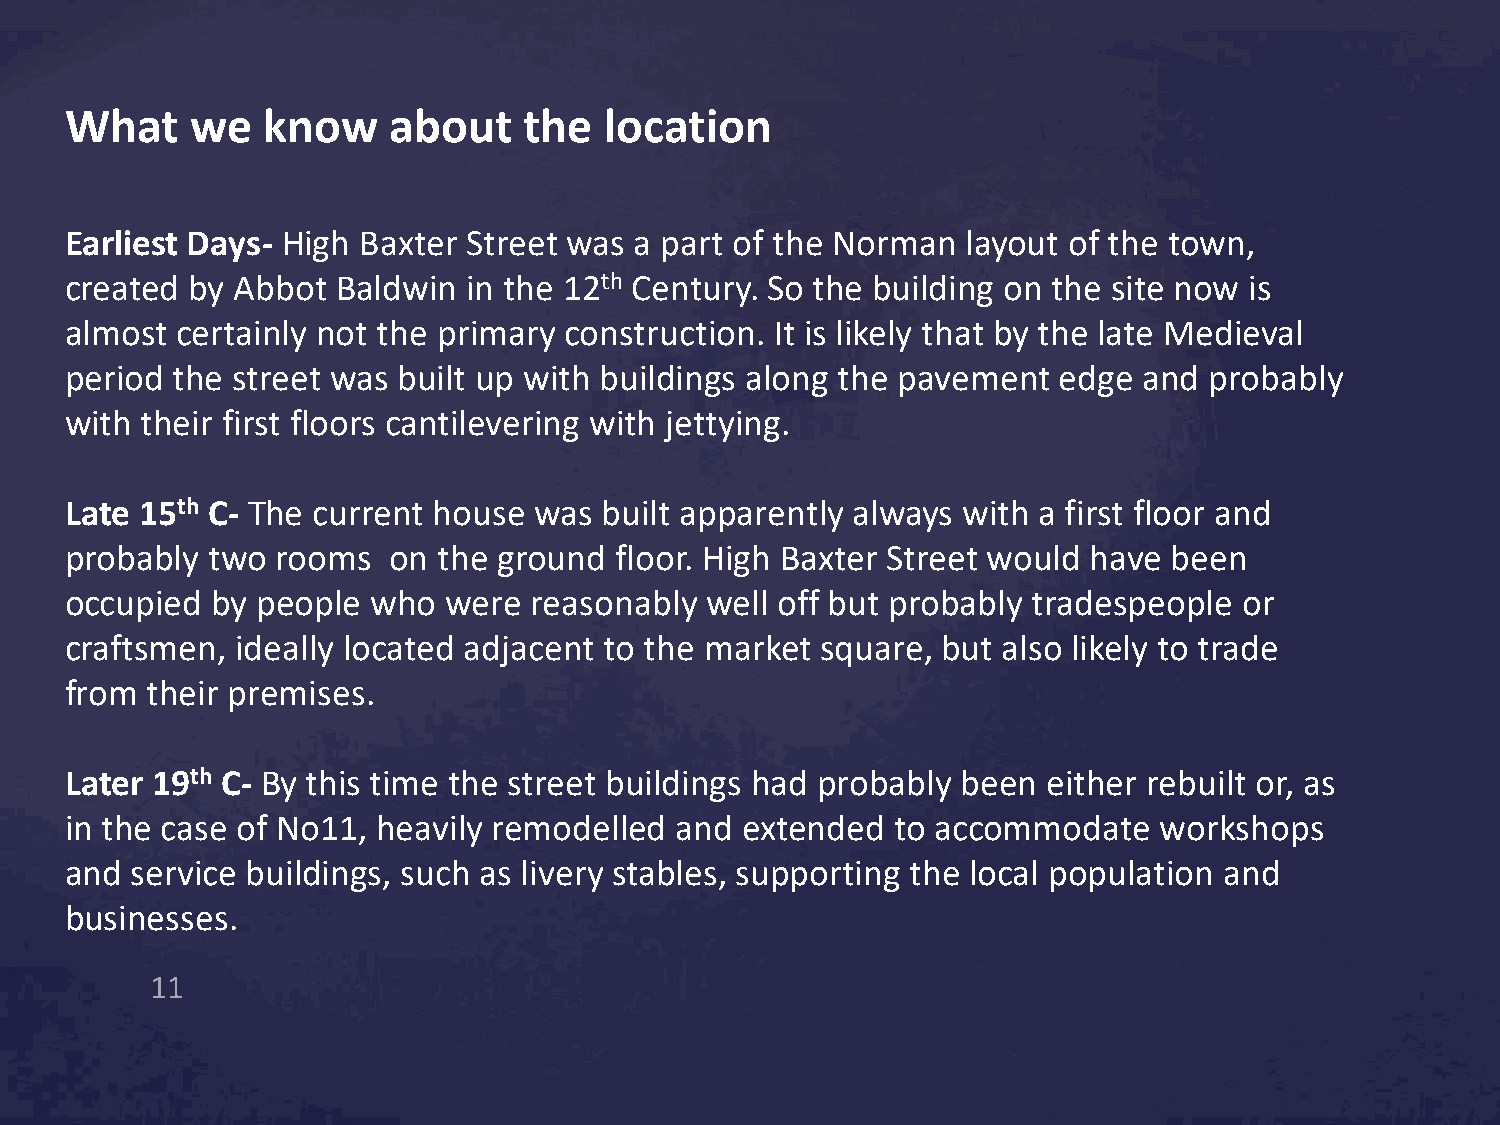
What     we  know     about    the  location
 Earliest Days- High Baxter Street was a part of the Norman  layout of the town,
 created  by Abbot Baldwin  in the 12th Century. So the building on the site now is
 almost  certainly not the primary construction. It is likely that by the late Medieval
 period the street was built up with buildings along the pavement  edge  and probably
 with their first floors cantilevering with jettying.
 Late 15th C- The current house was  built apparently always with a first floor and
 probably  two rooms   on the ground  floor. High Baxter Street would have been
 occupied  by people  who  were reasonably  well off but probably tradespeople or
 craftsmen,  ideally located adjacent to the market square, but also likely to trade
 from  their premises.
 Later 19th C- By this time the street buildings had probably been either rebuilt or, as
 in the case of No11, heavily remodelled  and extended  to accommodate    workshops
 and  service buildings, such as livery stables, supporting the local population and
 businesses.